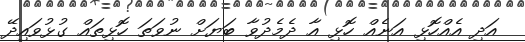
އަދި އެއްހޮޅި އަނެއް ހޮޅި އާ ދެމެދުވާ ބަޔަށް ނުވަތަ ހޮޅިތައް ގުޅުވައިދޭ